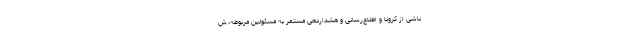
ناشی از کرونا و اطلاع‌رسانی و هشداردهی مستمر به مسئولین مربوطه، ش